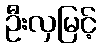
ဦးလှမြင့်